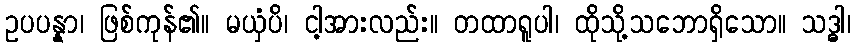
ဥပပန္နာ၊ ဖြစ်ကုန်၏။ မယှံပိ၊ ငါ့အားလည်း။ တထာရူပါ၊ ထိုသို့သဘောရှိသော။ သဒ္ဓါ၊